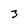
Character: 3